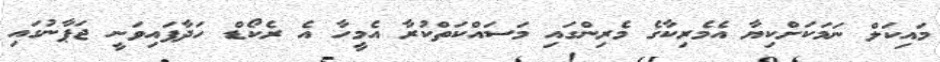
މައިކަލް ނަމަކަށްކިޔާ އެމެރިކާގެ މެރިންގައި މަސައްކަތްކުރާ އެމީހާ އެ ރެކޯޑް ހަދާފައިވަނީ ޖަޕާނުގައި